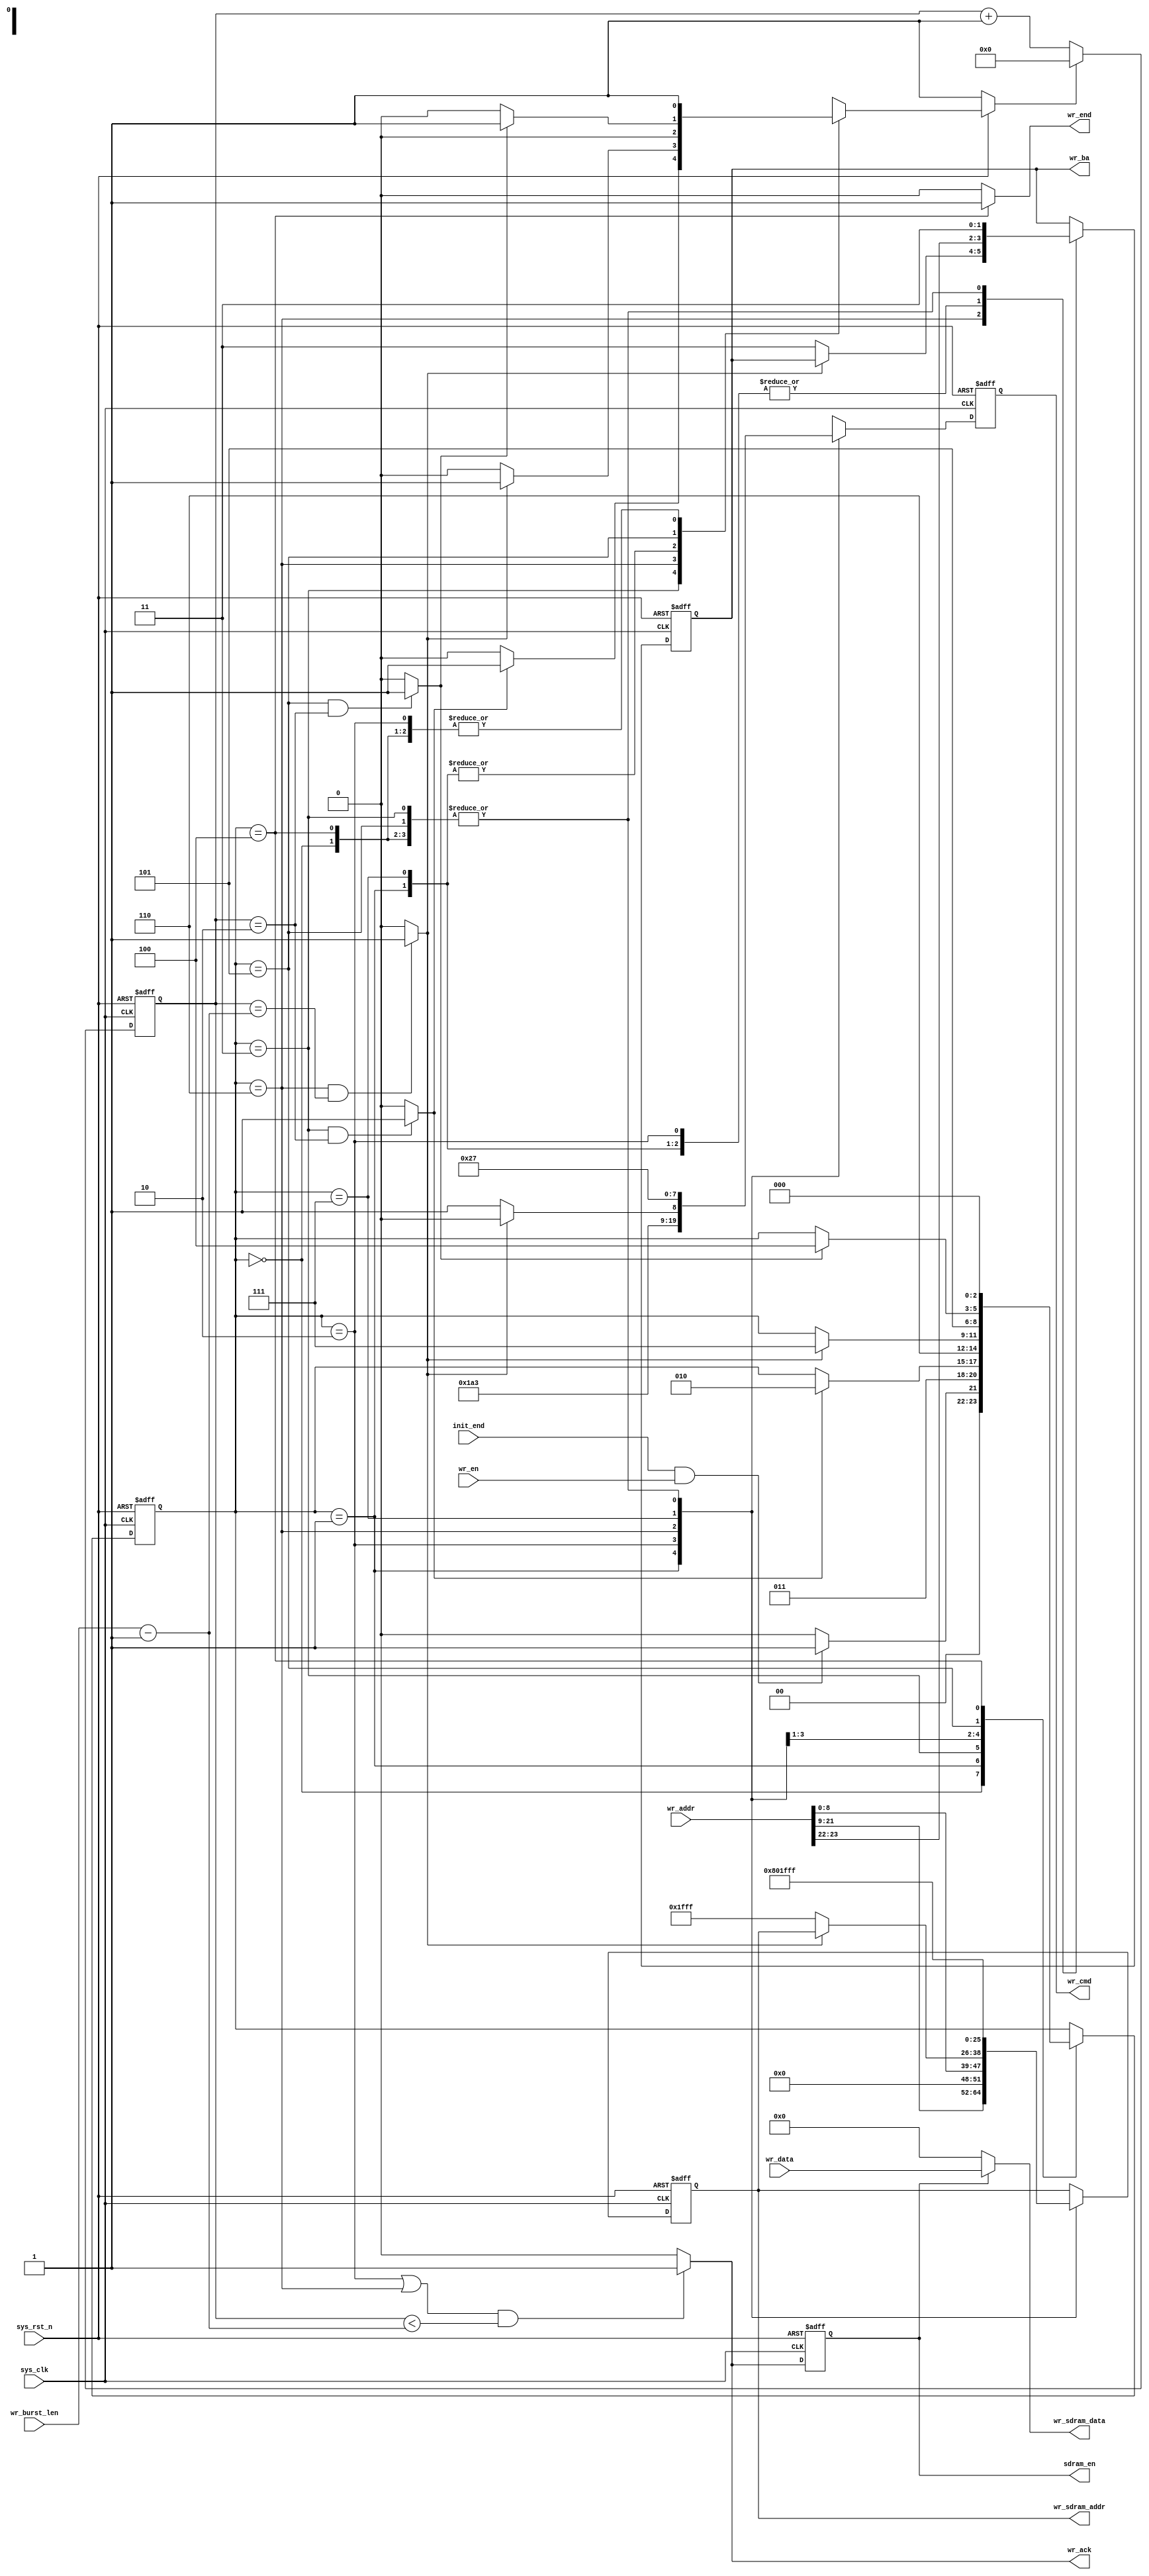
module  sdram_write
(
    input   wire            sys_clk         ,
    input   wire            sys_rst_n       ,
    input   wire            init_end        ,
    input   wire            wr_en           ,
    input   wire    [23:0]  wr_addr         ,
    input   wire    [15:0]  wr_data         ,
    input   wire    [9:0]   wr_burst_len    , // columns is 9 bit width = 512 data, but 9'b1_1111_1111 = 'd511 so that 'd512 needs 10 bits width.
    
    output  wire            wr_ack          , // using to fifo_ctrl, write_fifo read_en, read data from fifo, ahead command 1 clock.
    output  wire            wr_end          ,
    output  reg     [3:0]   wr_cmd          ,
    output  reg     [1:0]   wr_ba           ,
    output  reg     [12:0]  wr_sdram_addr   ,
    output  reg             sdram_en        , // control sdarm_arbit dq being output.
    output  wire    [15:0]  wr_sdram_data  // assign wr_data and transfer to sdram_arbit.
);

parameter   TRCD_CLK    =   10'd2   ,
            TRP_CLK     =   10'd2   ;
            
parameter   WR_IDLE     =   3'b000 , 
            WR_ACTIVE   =   3'b001 , 
            WR_TRCD     =   3'b011 , 
            WR_WRITE    =   3'b010 , 
            WR_DATA     =   3'b110 , 
            WR_PRE      =   3'b111 , 
            WR_TRP      =   3'b101 , 
            WR_END      =   3'b100 ; 
            
parameter   NOP         =   4'b0111 ,
            ACTIVE      =   4'b0011 ,
            WRITE       =   4'b0100 ,
            B_STOP      =   4'b0110 ,
            P_CHARGE    =   4'b0010 ;

wire            trcd_end    ;//
wire            twr_end     ;//
wire            trp_end     ;//

reg     [2:0]   wr_state    ;//
reg     [9:0]   cnt_clk     ;//
reg             cnt_clk_rst ;//

assign  trcd_end    = (wr_state == WR_TRCD && cnt_clk == TRCD_CLK) ? 1'b1 : 1'b0;
assign  twr_end     = (wr_state == WR_DATA && cnt_clk == wr_burst_len - 1'b1) ? 1'b1 : 1'b0;
assign  trp_end     = (wr_state == WR_TRP  && cnt_clk == TRP_CLK) ? 1'b1 : 1'b0;

always@(posedge sys_clk or negedge sys_rst_n)
     if(sys_rst_n == 1'b0)
        cnt_clk <= 10'd0;
     else if(cnt_clk_rst == 1'b1)
        cnt_clk <= 10'd0;
     else
        cnt_clk <= cnt_clk + 1'b1;

always@(posedge sys_clk or negedge sys_rst_n)
     if(sys_rst_n == 1'b0)
        wr_state <= WR_IDLE;
     else
        case (wr_state)
            WR_IDLE   :
                if(init_end == 1'b1 && wr_en == 1'b1)
                    wr_state <= WR_ACTIVE;
                else
                    wr_state <= WR_IDLE;
            WR_ACTIVE :
                    wr_state <= WR_TRCD;
            WR_TRCD   :
                if(trcd_end == 1'b1)
                    wr_state <= WR_WRITE;
            WR_WRITE  :
                    wr_state <= WR_DATA;
            WR_DATA   :
                if(twr_end == 1'b1)
                    wr_state <= WR_PRE;
            WR_PRE    :
                    wr_state <= WR_TRP;
            WR_TRP    :
                if(trp_end == 1'b1)
                    wr_state <= WR_END;
            WR_END    :
                    wr_state <= WR_IDLE;
            default: wr_state <= WR_IDLE;
        endcase

always@(*)
    if(sys_rst_n == 1'b0)
        cnt_clk_rst <= 1'b1;
    else
        case(wr_state)
            WR_IDLE   : cnt_clk_rst <= 1'b1;
            WR_ACTIVE : cnt_clk_rst <= 1'b0;
            WR_TRCD   : cnt_clk_rst <= (trcd_end == 1'b1) ? 1'b1 : 1'b0;
            WR_WRITE  : cnt_clk_rst <= 1'b1;
            WR_DATA   : cnt_clk_rst <= (twr_end == 1'b1) ? 1'b1 : 1'b0;
            WR_PRE    : cnt_clk_rst <= 1'b0;
            WR_TRP    : cnt_clk_rst <= (trp_end == 1'b1) ? 1'b1 : 1'b0;
            WR_END    : cnt_clk_rst <= 1'b1;
            default:    cnt_clk_rst <= 1'b1;
        endcase

assign wr_ack = ((wr_state == WR_WRITE || wr_state == WR_DATA) 
        && (cnt_clk < wr_burst_len - 1'b1)) ? 1'b1 : 1'b0;

assign wr_end = (wr_state == WR_END) ? 1'b1 : 1'b0;

always@(posedge sys_clk or negedge sys_rst_n)
    if(sys_rst_n == 1'b0)
        begin
            wr_cmd          <= NOP;
            wr_ba           <= 2'b11;
            wr_sdram_addr   <= 13'h1fff;
        end
    else
        case(wr_state)
            WR_IDLE   :
                begin
                    wr_cmd          <= NOP;
                    wr_ba           <= 2'b11;
                    wr_sdram_addr   <= 13'h1fff;
                end
            WR_ACTIVE :
                begin
                    wr_cmd          <= ACTIVE;
                    wr_ba           <= wr_addr[23:22];//bank address
                    wr_sdram_addr   <= wr_addr[21:9];//row address
                end
            WR_TRCD   :
                begin
                    wr_cmd          <= NOP;
                    wr_ba           <= 2'b11;
                    wr_sdram_addr   <= 13'h1fff;
                end
            WR_WRITE  :
                begin
                    wr_cmd          <= WRITE;
                    wr_ba           <= wr_addr[23:22];
                    wr_sdram_addr   <= {4'b0000,wr_addr[8:0]};//column address
                end
            WR_DATA   :
                if(twr_end == 1'b1)
                    wr_cmd <= B_STOP;//burst terminate
                else
                    begin
                        wr_cmd          <= NOP;
                        wr_ba           <= 2'b11;
                        wr_sdram_addr   <= 13'h1fff;
                    end
            WR_PRE    :
                begin
                    wr_cmd          <= P_CHARGE;
                    wr_ba           <= wr_addr[23:22];
                    wr_sdram_addr   <= 13'h0400; // A10 = 1'b1 to pre_charge all bank,
                end
            WR_TRP    :
                begin
                    wr_cmd          <= NOP;
                    wr_ba           <= 2'b11;
                    wr_sdram_addr   <= 13'h1fff;
                end
            WR_END    :
                begin
                    wr_cmd          <= NOP;
                    wr_ba           <= 2'b11;
                    wr_sdram_addr   <= 13'h1fff;
                end
            default:
                begin
                    wr_cmd          <= NOP;
                    wr_ba           <= 2'b11;
                    wr_sdram_addr   <= 13'h1fff;
                end
        endcase

always@(posedge sys_clk or negedge sys_rst_n)
    if(sys_rst_n == 1'b0)
        sdram_en <=  1'b0;
    else
        sdram_en <=  wr_ack;

assign wr_sdram_data = (sdram_en == 1'b1) ? wr_data : 16'b0;

endmodule